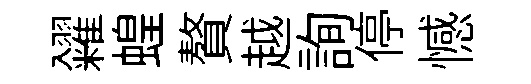
糴蝗贅越詢停憾